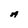
Character: A